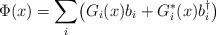
LaTeX: \begin{align*}\Phi (x) = \sum_i \bigl( G_{i}(x)b_{i} + G_{i}^*(x)b_{i}^{\dagger} \bigr)\end{align*}